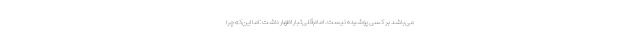
می‌باشد بر کسی پوشیده نیست. امام‌قلی‌تبار اظهار داشت: اما این‌که چرا